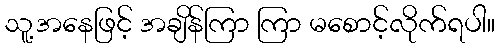
သူ့အနေဖြင့် အချိန်ကြာ ကြာ မစောင့်လိုက်ရပါ။